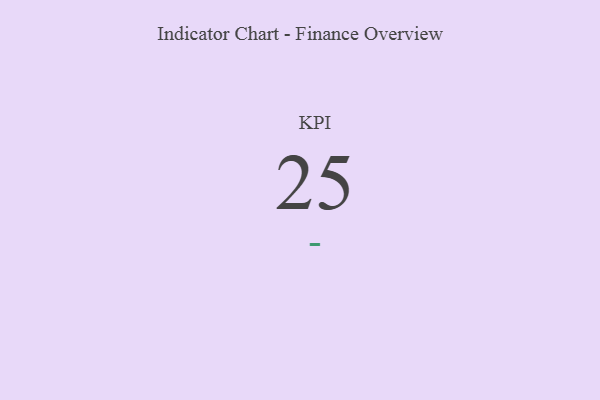
{"axis": {"x": "KPI", "y": "Value"}, "legend": [""], "data": [{"x": "KPI", "y": 25, "type": ""}]}